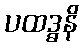
ပထဒ္ဓနိ